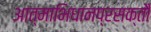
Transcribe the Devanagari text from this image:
आत्माभिधानप्रसक्तौ